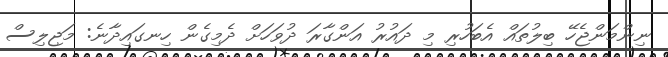
ނިންމަންޖެހޭ ބިލުތައް އެބަހުރި މި ދައުރު އަންގާރަ ދުވަހަށް ދެމިގެން ހިނގައިދާނެ: މަޖިލިސް